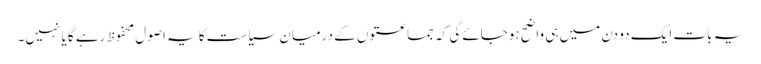
یہ بات ایک دو دن میں ہی واضح ہوجائے گی کہ جماعتوں کے درمیان سیاست کا یہ اصول محفوظ رہے گا یا نہیں۔